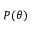
P ( \theta )